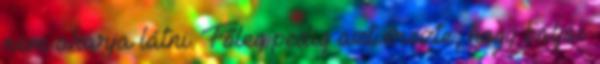
nem akarja látni. Főleg pedig azt érezte, hogy baljós